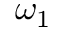
\omega _ { 1 }